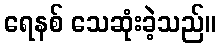
ရေနစ် သေဆုံးခဲ့သည်။